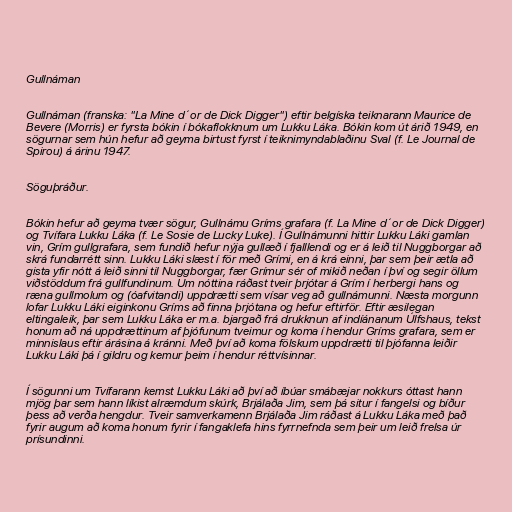
Gullnáman

Gullnáman (franska: "La Mine d´or de Dick Digger") eftir belgíska teiknarann Maurice de
Bevere (Morris) er fyrsta bókin í bókaflokknum um Lukku Láka. Bókin kom út árið 1949, en
sögurnar sem hún hefur að geyma birtust fyrst í teiknimyndablaðinu Sval (f. Le Journal de
Spirou) á árinu 1947.

Söguþráður.

Bókin hefur að geyma tvær sögur, Gullnámu Gríms grafara (f. La Mine d´or de Dick Digger)
og Tvífara Lukku Láka (f. Le Sosie de Lucky Luke). Í Gullnámunni hittir Lukku Láki gamlan
vin, Grím gullgrafara, sem fundið hefur nýja gullæð í fjalllendi og er á leið til Nuggborgar að
skrá fundarrétt sinn. Lukku Láki slæst í för með Grími, en á krá einni, þar sem þeir ætla að
gista yfir nótt á leið sinni til Nuggborgar, fær Grímur sér of mikið neðan í því og segir öllum
viðstöddum frá gullfundinum. Um nóttina ráðast tveir þrjótar á Grím í herbergi hans og
ræna gullmolum og (óafvitandi) uppdrætti sem vísar veg að gullnámunni. Næsta morgunn
lofar Lukku Láki eiginkonu Gríms að finna þrjótana og hefur eftirför. Eftir æsilegan
eltingaleik, þar sem Lukku Láka er m.a. bjargað frá drukknun af indíánanum Úlfshaus, tekst
honum að ná uppdrættinum af þjófunum tveimur og koma í hendur Gríms grafara, sem er
minnislaus eftir árásina á kránni. Með því að koma fölskum uppdrætti til þjófanna leiðir
Lukku Láki þá í gildru og kemur þeim í hendur réttvísinnar.

Í sögunni um Tvífarann kemst Lukku Láki að því að íbúar smábæjar nokkurs óttast hann
mjög þar sem hann líkist alræmdum skúrk, Brjálaða Jim, sem þá situr í fangelsi og bíður
þess að verða hengdur. Tveir samverkamenn Brjálaða Jim ráðast á Lukku Láka með það
fyrir augum að koma honum fyrir í fangaklefa hins fyrrnefnda sem þeir um leið frelsa úr
prísundinni.